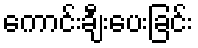
ကောင်းချီးပေးခြင်း